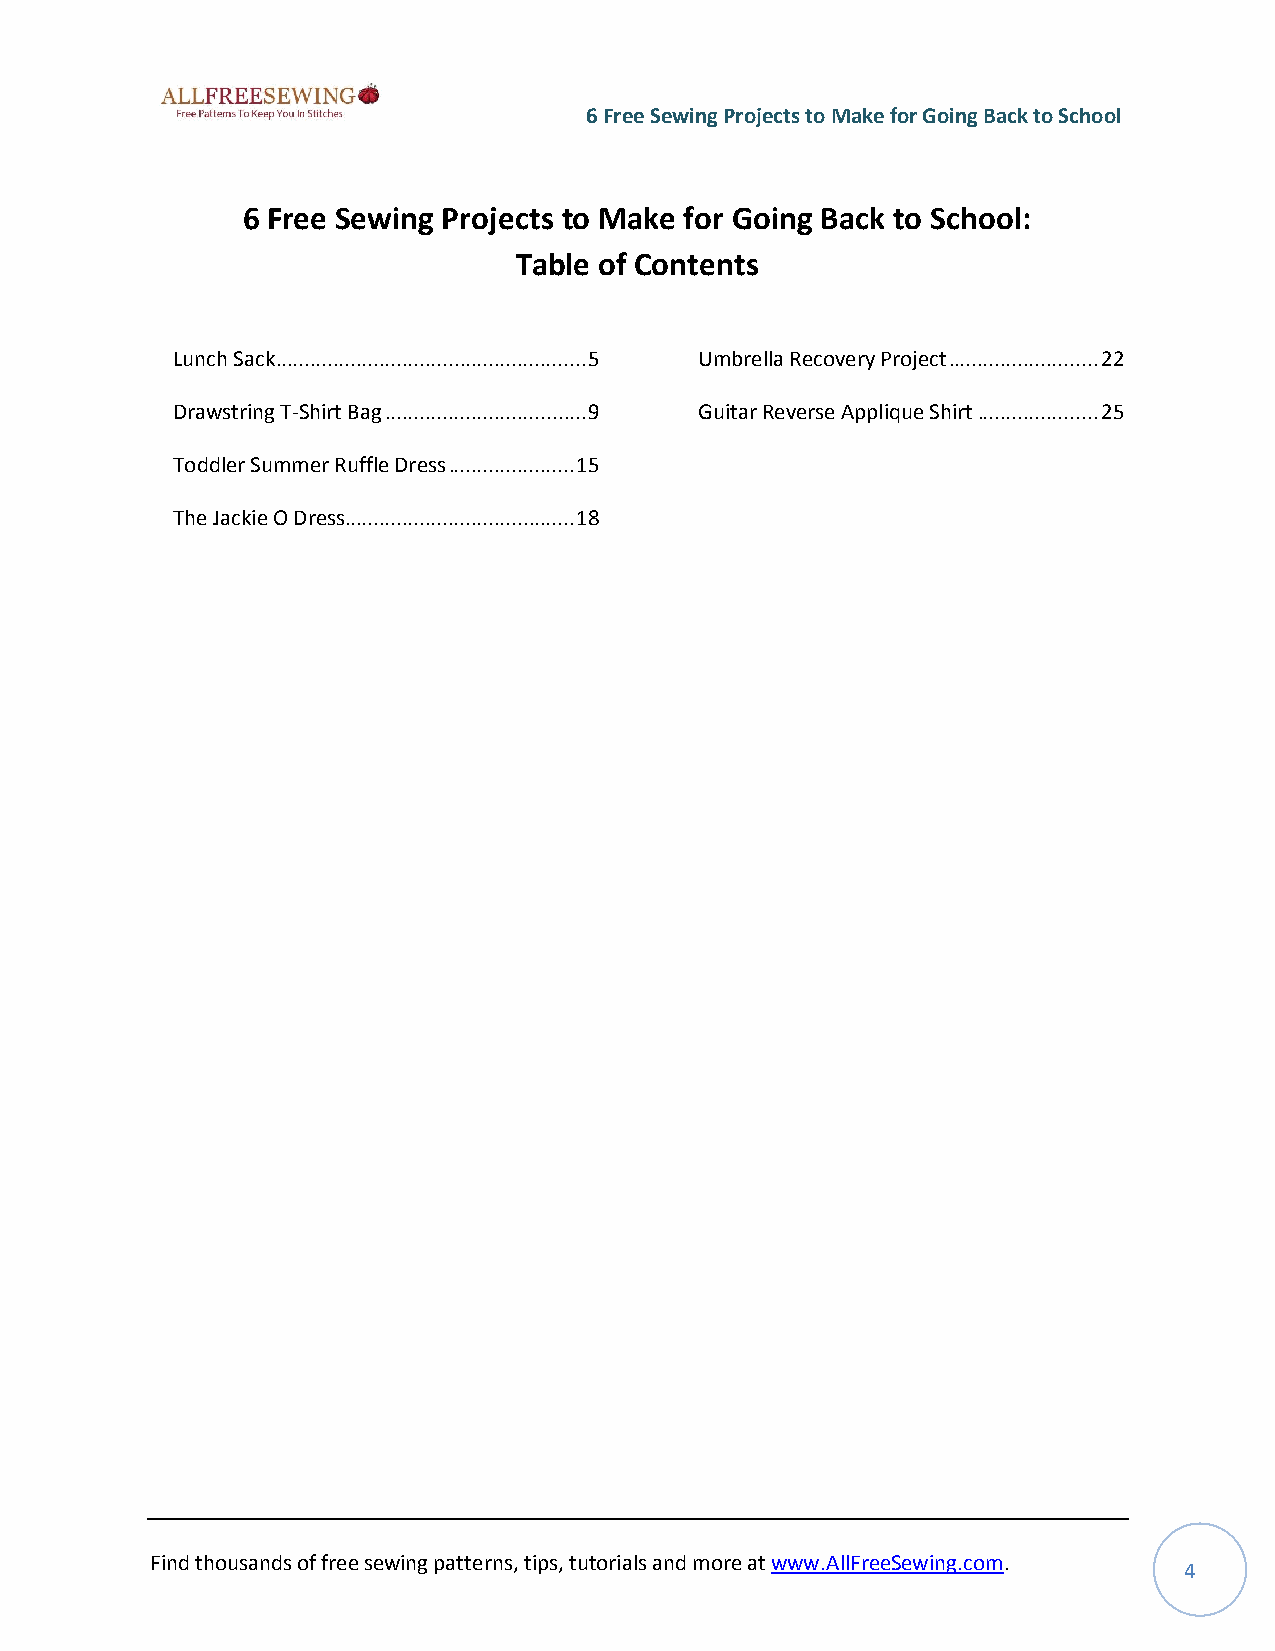
6 Free Sewing Projects to Make for Going Back to School
 6 Free Sewing Projects to Make for Going Back to School:
 Table of Contents
 Lunch Sack ...................................................... 5 Umbrella Recovery Project .......................... 22
 Drawstring T-Shirt Bag ................................... 9 Guitar Reverse Applique Shirt ..................... 25
 Toddler Summer Ruffle Dress ...................... 15
 The Jackie O Dress ........................................ 18
 Find thousands of free sewing patterns, tips, tutorials and more at www.AllFreeSewing.com.
 4